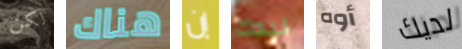
لكن هناك إن ليدك أوه لديك